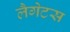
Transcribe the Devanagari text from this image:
लैगेटस